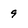
Character: 9